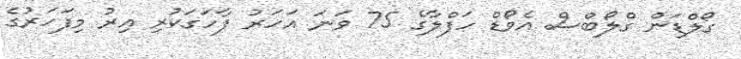
ގޯލްޑަން ގްލޯބްސް އެވޯޑް ހަފްލާގެ 75 ވަނަ އަހަރު ފާހަގަކުރި އިރު މިފަހަރުގެ